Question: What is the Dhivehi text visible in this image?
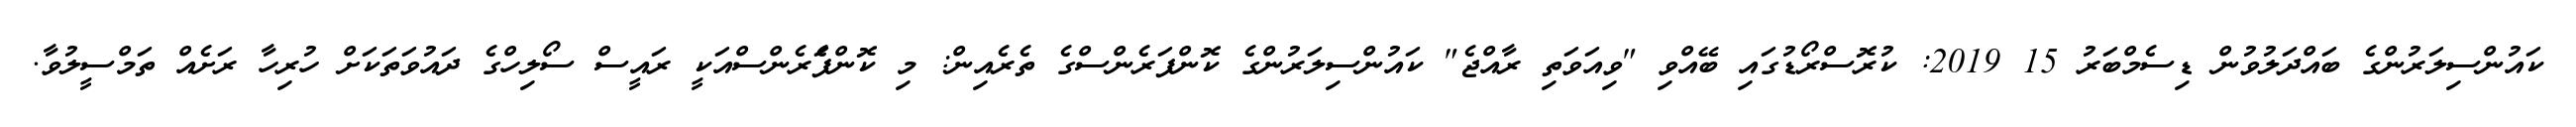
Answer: ކައުންސިލަރުންގެ ބައްދަލުވުން ޑިސެމްބަރު 15 2019: ކުރޮސްރޯޑުގައި ބޭއްވި "ވިއަވަތި ރާއްޖެ" ކައުންސިލަރުންގެ ކޮންފަރެންސްގެ ތެރެއިން: މި ކޮންފެަރެންސްއަކީ ރައީސް ސޯލިހްގެ ދައުވަތަކަށް ހުރިހާ ރަށެއް ތަމްސީލުވާ.